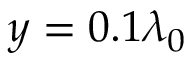
y = 0 . 1 \lambda _ { 0 }